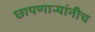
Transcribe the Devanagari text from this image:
छापणाऱ्यांनीच